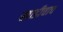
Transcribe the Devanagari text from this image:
खाडीचाच